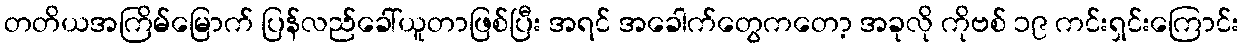
တတိယအကြိမ်မြောက် ပြန်လည်ခေါ်ယူတာဖြစ်ပြီး အရင် အခေါက်တွေကတော့ အခုလို ကိုဗစ် ၁၉ ကင်းရှင်းကြောင်း